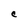
Character: C